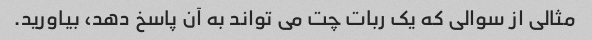
مثالی از سوالی که یک ربات چت می تواند به آن پاسخ دهد، بیاورید.